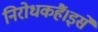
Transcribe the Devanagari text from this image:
निरोधकहैं।इसे